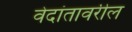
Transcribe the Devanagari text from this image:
वेदांतावरील